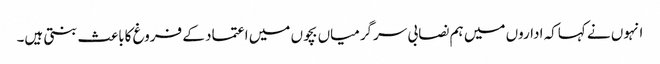
انہوں نے کہاکہ اداروں میں ہم نصابی سرگرمیاں بچوں میں اعتماد کے فروغ کاباعث بنتی ہیں۔